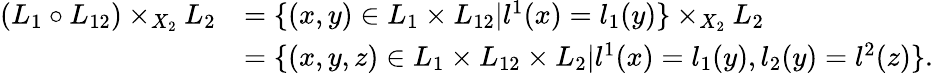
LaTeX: \begin{array}{rl}{(L_{1}\circ L_{12})\times_{X_{2}}L_{2}}&{=\{ (x,y)\in L_{1}\times L_{12}|l^{1}(x)=l_{1}(y)\} \times_{X_{2}}L_{2}}\\ &{=\{ (x,y,z)\in L_{1}\times L_{12}\times L_{2}|l^{1}(x)=l_{1}(y),l_{2}(y)=l^{2}(z)\} .}\end{array}